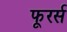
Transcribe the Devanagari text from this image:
फूरर्स